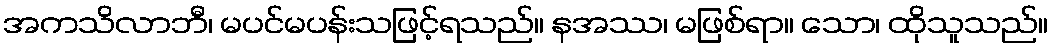
အကသိလာဘီ၊ မပင်မပန်းသဖြင့်ရသည်။ နအဿ၊ မဖြစ်ရာ။ သော၊ ထိုသူသည်။